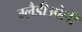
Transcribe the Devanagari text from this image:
ग्‍लैडीओली